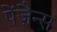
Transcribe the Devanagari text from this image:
पेंज़ैन्स